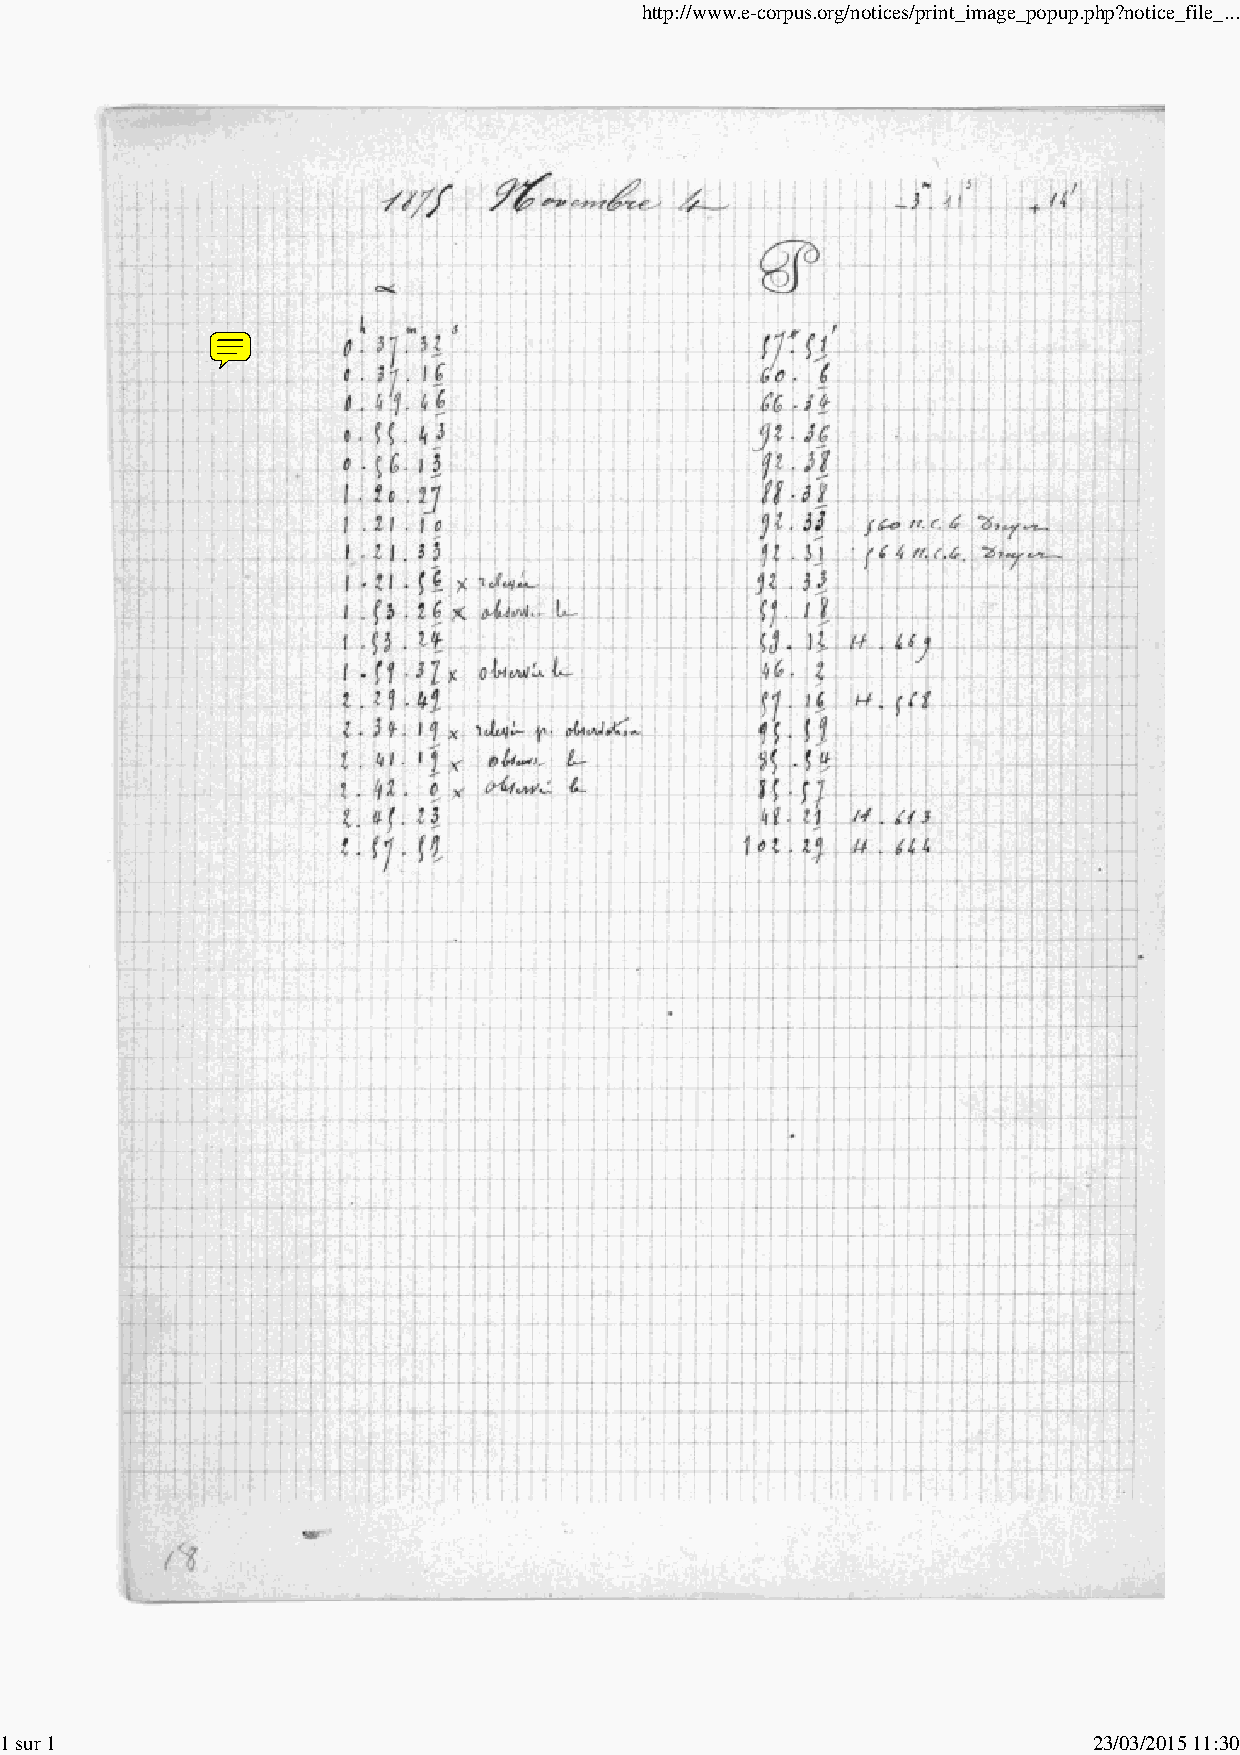
http://www.e-corpus.org/notices/print_image_popup.php?notice_file_...
 1 sur 1                                                                 23/03/2015 11:30